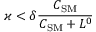
\varkappa < \delta \frac { C _ { \mathrm { S M } } } { C _ { \mathrm { S M } } + L ^ { 0 } }